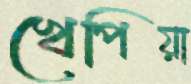
খেপিয়া